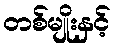
တစ်မျိုးနှင့်